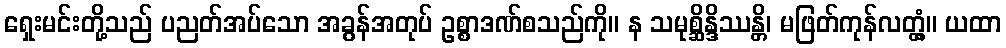
ရှေးမင်းတို့သည် ပညတ်အပ်သော အခွန်အတုပ် ဥစ္စာဒဏ်စသည်ကို။ န သမုစ္ဆိန္ဒိဿန္တိ၊ မဖြတ်ကုန်လတ္တံ့။ ယထာ